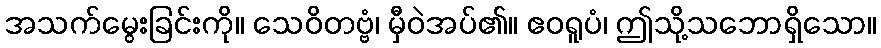
အသက်မွေးခြင်းကို။ သေဝိတဗ္ဗံ၊ မှီဝဲအပ်၏။ ဧဝရူပံ၊ ဤသို့သဘောရှိသော။